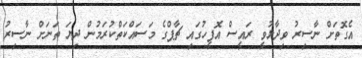
އެގޮތަށް ނާސިރު ވިދާޅުވީ ރައީސް އޮފީހުގައި ޗާޕްގެ މަސައްކަތްކުރަމުން ދިޔަ ތަނަށް ނާސިރު